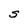
Character: S